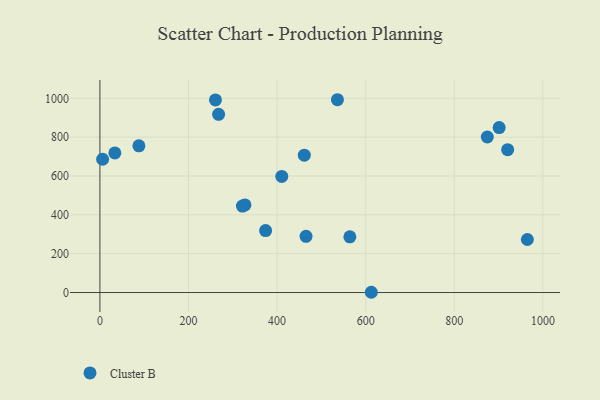
{"axis": {"x": "Experience", "y": "Demand"}, "legend": ["Cluster B"], "data": [{"x": "901.3", "y": 849.4, "type": "Cluster B"}, {"x": "33.7", "y": 719.0, "type": "Cluster B"}, {"x": "920.5", "y": 735.4, "type": "Cluster B"}, {"x": "327.4", "y": 451.1, "type": "Cluster B"}, {"x": "260.8", "y": 991.8, "type": "Cluster B"}, {"x": "564.2", "y": 286.7, "type": "Cluster B"}, {"x": "965.0", "y": 273.1, "type": "Cluster B"}, {"x": "461.4", "y": 707.0, "type": "Cluster B"}, {"x": "874.5", "y": 800.8, "type": "Cluster B"}, {"x": "6.1", "y": 686.1, "type": "Cluster B"}, {"x": "267.9", "y": 917.5, "type": "Cluster B"}, {"x": "410.5", "y": 597.8, "type": "Cluster B"}, {"x": "612.7", "y": 1.3, "type": "Cluster B"}, {"x": "321.7", "y": 445.3, "type": "Cluster B"}, {"x": "465.3", "y": 289.6, "type": "Cluster B"}, {"x": "536.2", "y": 992.7, "type": "Cluster B"}, {"x": "374.0", "y": 318.9, "type": "Cluster B"}, {"x": "88.0", "y": 755.4, "type": "Cluster B"}]}